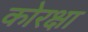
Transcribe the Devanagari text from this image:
कोरक्षा